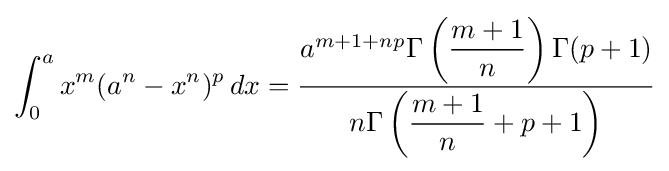
\int _{0}^{a}x^{m}(a^{n}-x^{n})^{p}\,dx={\frac {a^{m+1+np}\Gamma \left({\dfrac {m+1}{n}}\right)\Gamma (p+1)}{n\Gamma \left({\dfrac {m+1}{n}}+p+1\right)}}